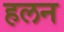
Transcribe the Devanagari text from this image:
हलन